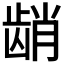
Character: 𬺆